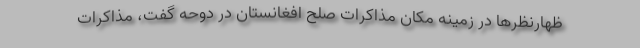
ظهارنظرها در زمینه مکان مذاکرات صلح افغانستان در دوحه گفت، مذاکرات